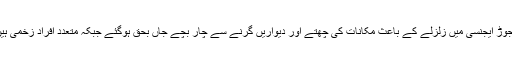
باجوڑ ایجنسی میں زلزلے کے باعث مکانات کی چھتے اور دیواریں گرنے سے چار بچے جاں بحق ہوگئے جبکہ متعدد افراد زخمی ہیں۔